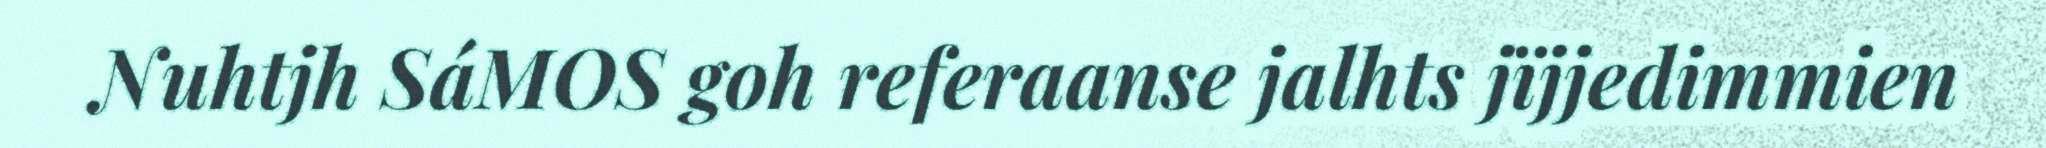
Nuhtjh SáMOS goh referaanse jalhts jïjjedimmien